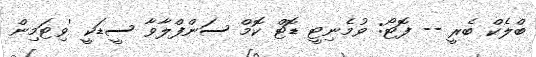
ބްލެކް ބެރީ -- ފޮޓޯ: ވުމެނިޓީ ޑޮޓް ކޮމް ސަންފްލާވާ ސީޑަކީ 'ވިޓަމިން